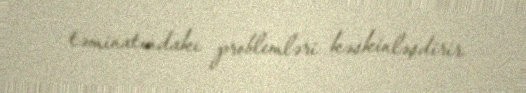
təminatındakı problemləri kəskinləşdirir.